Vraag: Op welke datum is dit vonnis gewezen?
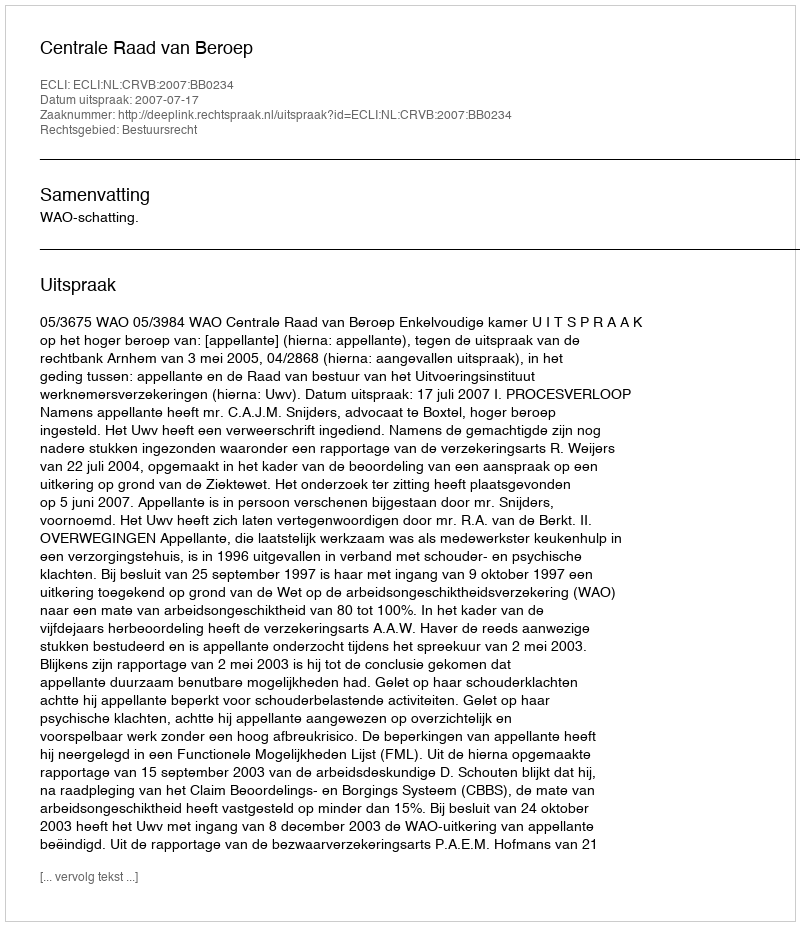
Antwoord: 2007-07-17